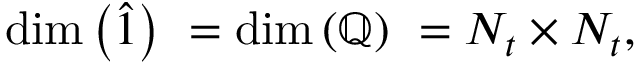
{ \mathrm { d i m } \left( \hat { 1 } \right) \ } = { \mathrm { d i m } \left( \mathbb { Q } \right) \ } = N _ { t } \times N _ { t } ,